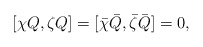
\begin{align*}[\chi Q,\zeta Q] = [\bar{\chi} \bar{Q},\bar{\zeta} \bar{Q}] = 0,\end{align*}